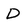
Character: D